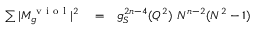
\begin{array} { r l r } { \sum \vert M _ { g } ^ { \mathrm { ~ v ~ i ~ o ~ l ~ } } \vert ^ { 2 } } & { { } = } & { g _ { S } ^ { 2 n - 4 } ( Q ^ { 2 } ) ~ N ^ { n - 2 } ( N ^ { 2 } - 1 ) } \end{array}